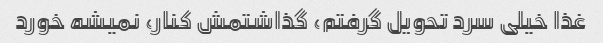
غذا خیلی سرد تحویل گرفتم، گذاشتمش کنار، نمیشه خورد